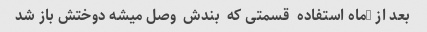
بعد از 3ماه استفاده  قسمتی که  بندش  وصل میشه دوختش باز شد